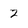
Character: 2